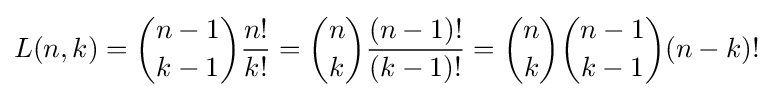
L(n,k)={n-1 \choose k-1}{\frac {n!}{k!}}={n \choose k}{\frac {(n-1)!}{(k-1)!}}={n \choose k}{n-1 \choose k-1}(n-k)!